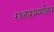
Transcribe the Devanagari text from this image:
राजाराममोहन